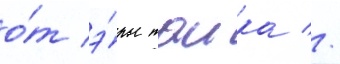
о́т э́ры таика //